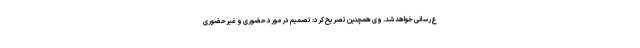
ع‌رسانی خواهد شد. وی همچنین تصریح کرد: تصمیم در مورد حضوری و غیرحضوری